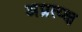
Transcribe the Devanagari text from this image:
अप्रत्य्क्ष